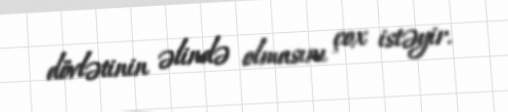
dövlətinin əlində olmasını çox istəyir.